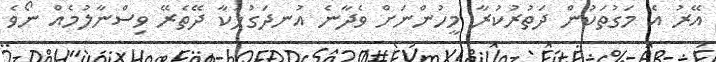
އޭރު އެ މަގުތަކުން ދަތުރުކުރާ މީހުންނަށް ވެދާނެ އުނދަގުލަކާ ދޭތެރޭ ވިސްނާލުމެއް ނޯވެ